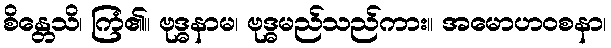
စိန္တေသိ၊ ကြံ၏။ ဗုဒ္ဓနာမ၊ ဗုဒ္ဓမည်သည်ကား။ အမောဟဝစနာ၊